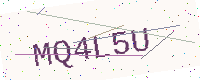
Text: MQ4L5U